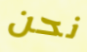
نحن